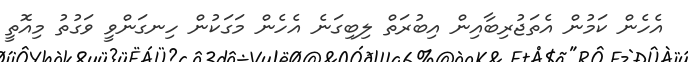
އެހެން ކަމުން އެތަޖުރިބާއިން އިބުރަތް ލިބިގަނެ އެހެން މަގަކުން ހިނގަންވީ ވަގުތު މިއޮތީ